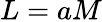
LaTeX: L=aM